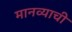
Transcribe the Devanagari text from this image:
मानव्याची